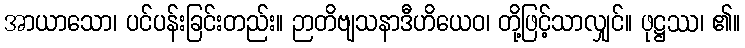
အာယာသော၊ ပင်ပန်းခြင်းတည်း။ ဉာတိဗျသနာဒီဟိယေဝ၊ တို့ဖြင့်သာလျှင်။ ဖုဋ္ဌဿ၊ ၏။